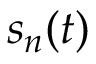
s _ { n } ( t )